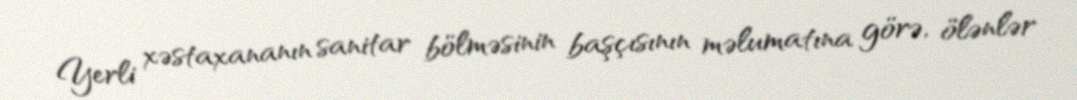
Yerli xəstaxananın sanitar bölməsinin başçısının məlumatına görə, ölənlər